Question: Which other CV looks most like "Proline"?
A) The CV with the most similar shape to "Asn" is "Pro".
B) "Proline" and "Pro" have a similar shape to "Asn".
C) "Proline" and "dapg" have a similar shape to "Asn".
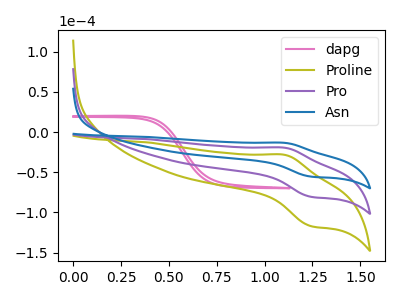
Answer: <think>The pink curve "dapg" has no peaks. The olive curve "Proline" has an anodic peak at (1.10V, -39.00uA) and a cathodic peak at (1.25V, -161.10uA). The purple curve "Pro" has an anodic peak at (1.10V, -19.50uA) and a cathodic peak at (1.25V, -80.55uA). The blue curve "Asn" has an anodic peak at (1.10V, -13.40uA) and a cathodic peak at (1.25V, -55.45uA).
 "dapg" and "Proline" have a different number of peaks. "dapg" and "Pro" have a different number of peaks. "dapg" and "Asn" have a different number of peaks. All the peaks in "Proline" have a peak in "Pro" at the same potential. All the peaks in "Proline" have a peak in "Asn" at the same potential. All the peaks in "Pro" have a peak in "Asn" at the same potential.</think>
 <answer>B) "Proline" and "Pro" have a similar shape to "Asn".</answer>
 <eval>B</eval>